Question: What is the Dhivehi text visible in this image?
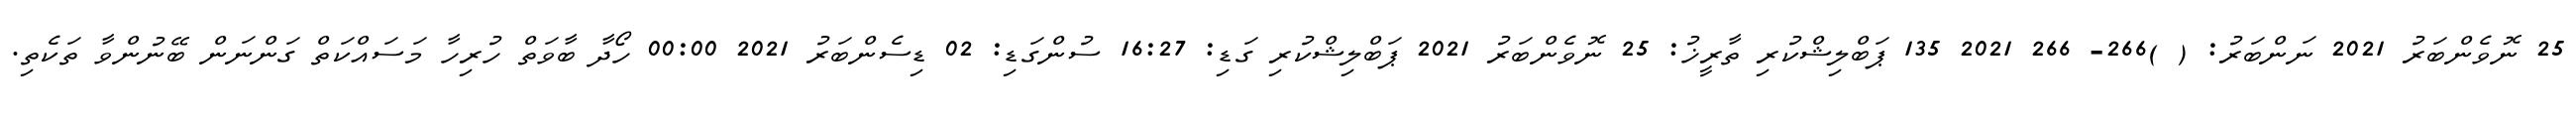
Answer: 25 ނޮވެންބަރު 2021 ނަންބަރު: ( )266- 266 2021 135 ޕަބްލިޝްކުރި ތާރީޚު: 25 ނޮވެންބަރު 2021 ޕަބްލިޝްކުރި ގަޑި: 16:27 ސުންގަޑި: 02 ޑިސެންބަރު 2021 00:00 ހޯދާ ބާވަތް ހުރިހާ މަސައްކަތް ގަންނަން ބޭނުންވާ ތަކެތި.